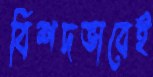
বিশদভাবেই